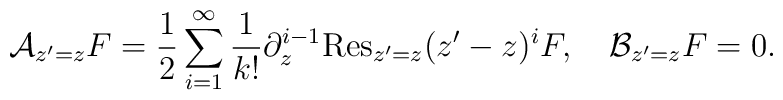
{\cal A}_{z^{\prime}=z}F =\frac{1}{2}\sum_{i=1}^{\infty}\frac{1}{k!}\partial_{z}^{i-1}{\rm Res}_{z^{\prime}=z}(z^{\prime}-z)^i F,\hspace{1em}{\cal B}_{z^{\prime}=z}F=0.